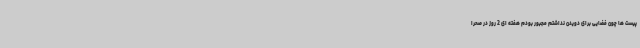
پیست ها چون فضایی برای دویدن نداشتم مجبور بودم هفته ای 2 روز در صحرا